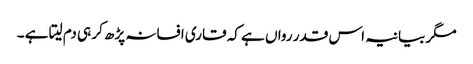
مگر بیانیہ اس قدر رواں ہے کہ قاری افسانہ پڑھ کر ہی دم لیتا ہے ۔